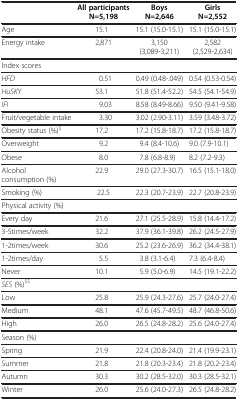
<table><thead><tr><td><b> </b></td><td><b>All participants N=5,198</b></td><td><b>Boys N=2,646</b></td><td><b>Girls N=2,552</b></td></tr></thead><tbody><tr><td>Age</td><td>15.1</td><td>15.1 (15.0-15.1)</td><td>15.1 (15.0-15.1)</td></tr><tr><td>Energy intake</td><td>2,871</td><td>3,150 (3,089-3,211)</td><td>2,582 (2,529-2,634)</td></tr><tr><td colspan="4">Index scores</td></tr><tr><td><i>HFD</i></td><td>0.51</td><td>0.49 (0.48-.049)</td><td>0.54 (0.53-0.54)</td></tr><tr><td><i>HuSKY</i></td><td>53.1</td><td>51.8 (51.4-52.2)</td><td>54.5 (54.1-54.9)</td></tr><tr><td><i>IFI</i></td><td>9.03</td><td>8.58 (8.49-8.66)</td><td>9.50 (9.41-9.58)</td></tr><tr><td>Fruit/vegetable intake</td><td>3.30</td><td>3.02 (2.90-3.11)</td><td>3.59 (3.48-3.72)</td></tr><tr><td>Obesity status (%)<sup>$</sup></td><td>17.2</td><td>17.2 (15.8-18.7)</td><td>17.2 (15.8-18.7)</td></tr><tr><td>Overweight</td><td>9.2</td><td>9.4 (8.4-10.6)</td><td>9.0 (7.9-10.1)</td></tr><tr><td>Obese</td><td>8.0</td><td>7.8 (6.8-8.9)</td><td>8.2 (7.2-9.3)</td></tr><tr><td>Alcohol consumption (%)</td><td>22.9</td><td>29.0 (27.3-30.7)</td><td>16.5 (15.1-18.0)</td></tr><tr><td>Smoking (%)</td><td>22.5</td><td>22.3 (20.7-23.9)</td><td>22.7 (20.8-23.9)</td></tr><tr><td colspan="4">Physical activity (%)</td></tr><tr><td>Every day</td><td>21.6</td><td>27.1 (25.5-28.9)</td><td>15.8 (14.4-17.2)</td></tr><tr><td>3-5times/week</td><td>32.2</td><td>37.9 (36.1-39.8)</td><td>26.2 (24.5-27.9)</td></tr><tr><td>1-2times/week</td><td>30.6</td><td>25.2 (23.6-26.9)</td><td>36.2 (34.4-38.1)</td></tr><tr><td>1-2times/day</td><td>5.5</td><td>3.8 (3.1-6.4)</td><td>7.3 (6.4-8.4)</td></tr><tr><td>Never</td><td>10.1</td><td>5.9 (5.0-6.9)</td><td>14.5 (19.1-22.2)</td></tr><tr><td colspan="4"><i>SES</i> (%)<sup>$$</sup></td></tr><tr><td>Low</td><td>25.8</td><td>25.9 (24.3-27.6)</td><td>25.7 (24.0-27.4)</td></tr><tr><td>Medium</td><td>48.1</td><td>47.6 (45.7-49.5)</td><td>48.7 (46.8-50.6)</td></tr><tr><td>High</td><td>26.0</td><td>26.5 (24.8-28.2)</td><td>25.6 (24.0-27.4)</td></tr><tr><td colspan="4">Season (%)</td></tr><tr><td>Spring</td><td>21.9</td><td>22.4 (20.8-24.0)</td><td>21.4 (19.9-23.1)</td></tr><tr><td>Summer</td><td>21.8</td><td>21.8 (20.3-23.4)</td><td>21.8 (20.2-23.4)</td></tr><tr><td>Autumn</td><td>30.3</td><td>30.2 (28.5-32.0)</td><td>30.3 (28.5-32.1)</td></tr><tr><td>Winter</td><td>26.0</td><td>25.6 (24.0-27.3)</td><td>26.5 (24.8-28.2)</td></tr></tbody></table>